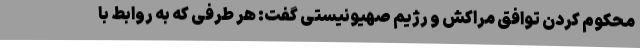
محکوم کردن توافق مراکش و رژیم صهیونیستی گفت: هر طرفی که به روابط با